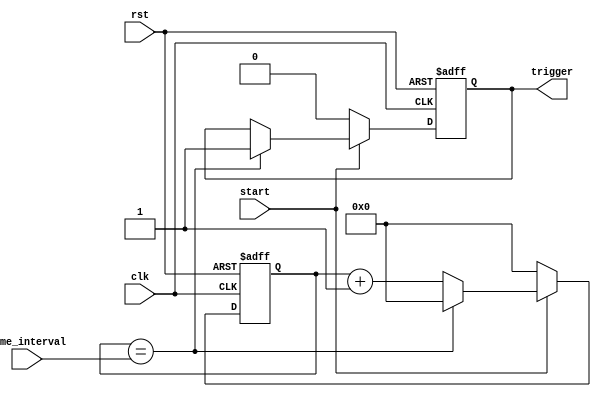
module timing_control_block (
    input clk,
    input rst,
    input start,
    input [31:0] time_interval,
    output reg trigger
);

reg [31:0] count;

always @(posedge clk or posedge rst) begin
    if (rst) begin
        count <= 0;
        trigger <= 0;
    end else begin
        if (start) begin
            count <= count + 1;
            if (count == time_interval) begin
                trigger <= 1;
                count <= 0;
            end
        end else begin
            count <= 0;
            trigger <= 0;
        end
    end
end

endmodule